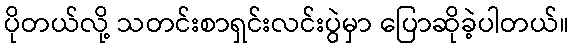
ပိုတယ်လို့ သတင်းစာရှင်းလင်းပွဲမှာ ပြောဆိုခဲ့ပါတယ်။